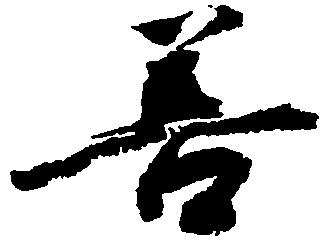
善